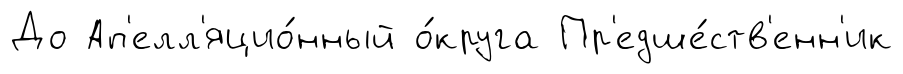
До Ап'елл'яцио́нный о́круга Пр'едше́ств'енн'ик